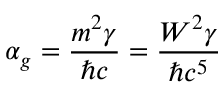
\alpha _ { g } = \frac { m ^ { 2 } \gamma } { \hbar c } = \frac { W ^ { 2 } \gamma } { \hbar c ^ { 5 } }